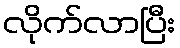
လိုက်လာပြီး